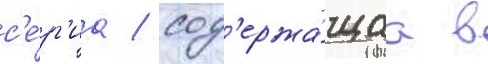
с'е́р'иа / сод'ержа́щаа в